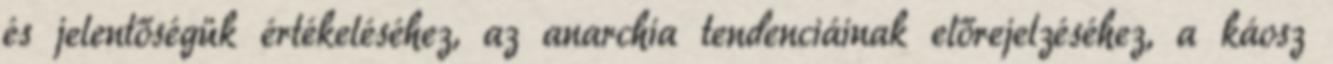
és jelentőségük értékeléséhez, az anarchia tendenciáinak előrejelzéséhez, a káosz